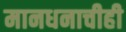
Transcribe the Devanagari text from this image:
मानधनाचीही